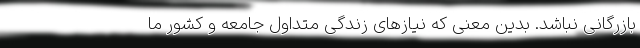
بازرگانی نباشد. بدین معنی که نیازهای زندگی متداول جامعه و کشور ما